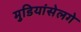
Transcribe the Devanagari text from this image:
मुडियांसेलगे